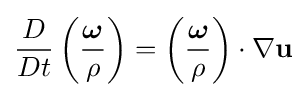
{\frac {D}{Dt}}\left({\frac {\boldsymbol {\omega }}{\rho }}\right)=\left({\frac {\boldsymbol {\omega }}{\rho }}\right)\cdot \nabla \mathbf {u}